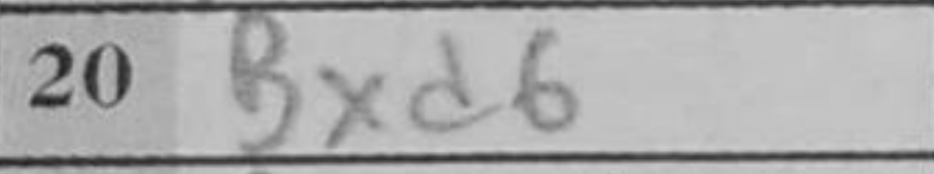
Transcription: Bxd6